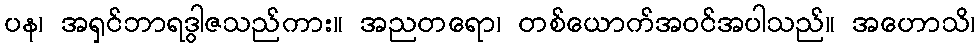
ပန၊ အရှင်ဘာရဒွါဇသည်ကား။ အညတရော၊ တစ်ယောက်အဝင်အပါသည်။ အဟောသိ၊